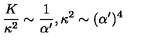
\frac { K } { \kappa ^ { 2 } } \sim \frac { 1 } { \alpha ^ { \prime } } , \kappa ^ { 2 } \sim ( \alpha ^ { \prime } ) ^ { 4 }